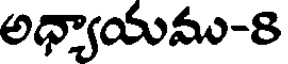
అధ్యాయము-8